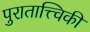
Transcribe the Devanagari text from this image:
पुरातात्त्विकी